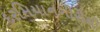
દરમિયાનગીરીથી